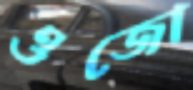
ওজো